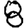
Digit: 8